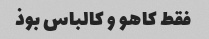
فقط کاهو و کالباس بوذ